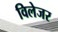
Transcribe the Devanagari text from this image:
विलेजर